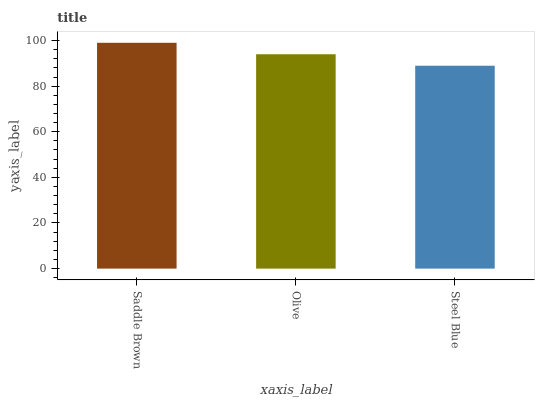
| xaxis_label | bars |
 | --- | --- |
 | Saddle Brown | 99 |
 | Olive | 94 |
 | Steel Blue | 88.9 |